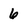
Character: 6